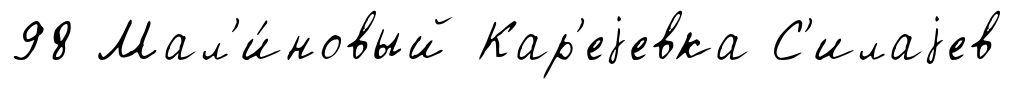
98 Мал'и́новый Кар'еjевка С'илаjев